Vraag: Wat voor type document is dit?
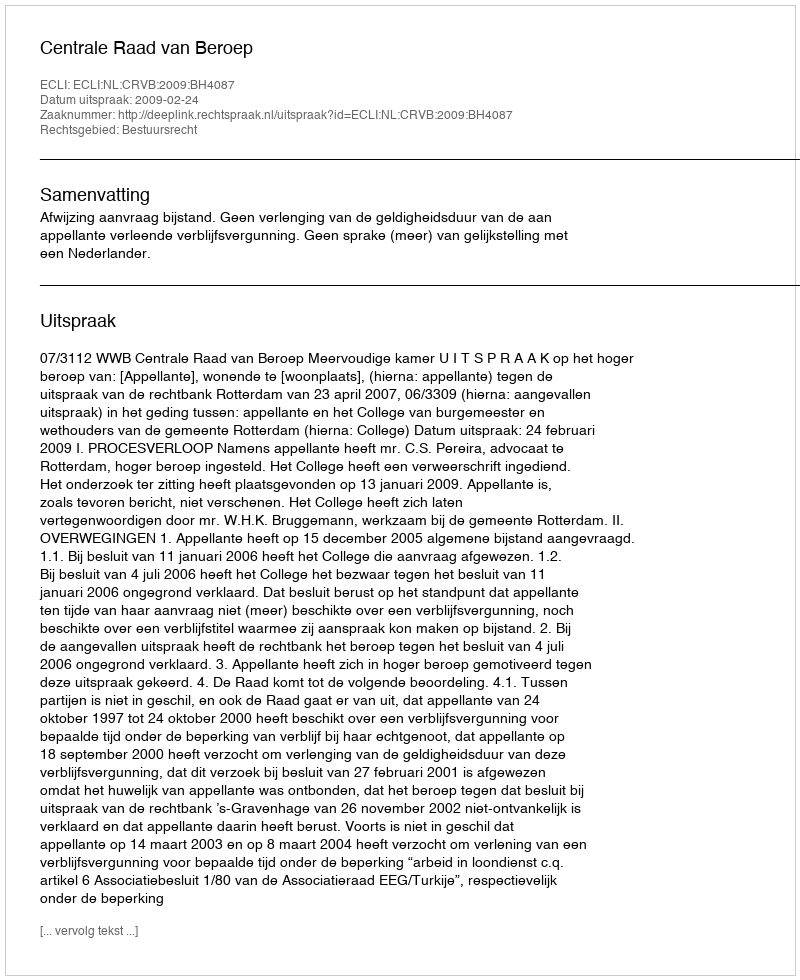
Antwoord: Uitspraak